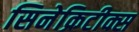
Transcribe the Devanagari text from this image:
सिनेक्रिटीक्स